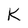
Character: K